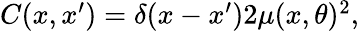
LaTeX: \begin{array}{r}{C(x,x^{\prime})=\delta(x-x^{\prime})2\mu(x,\theta)^{2},}\end{array}